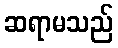
ဆရာမသည်